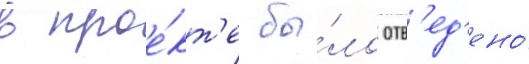
в прое́кт'е бы́ло отв'ед'ено́